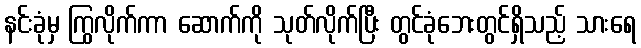
နင်းခုံမှ ကြွလိုက်ကာ ဆောက်ကို သုတ်လိုက်ပြီး တွင်ခုံဘေးတွင်ရှိသည့် သားရေ